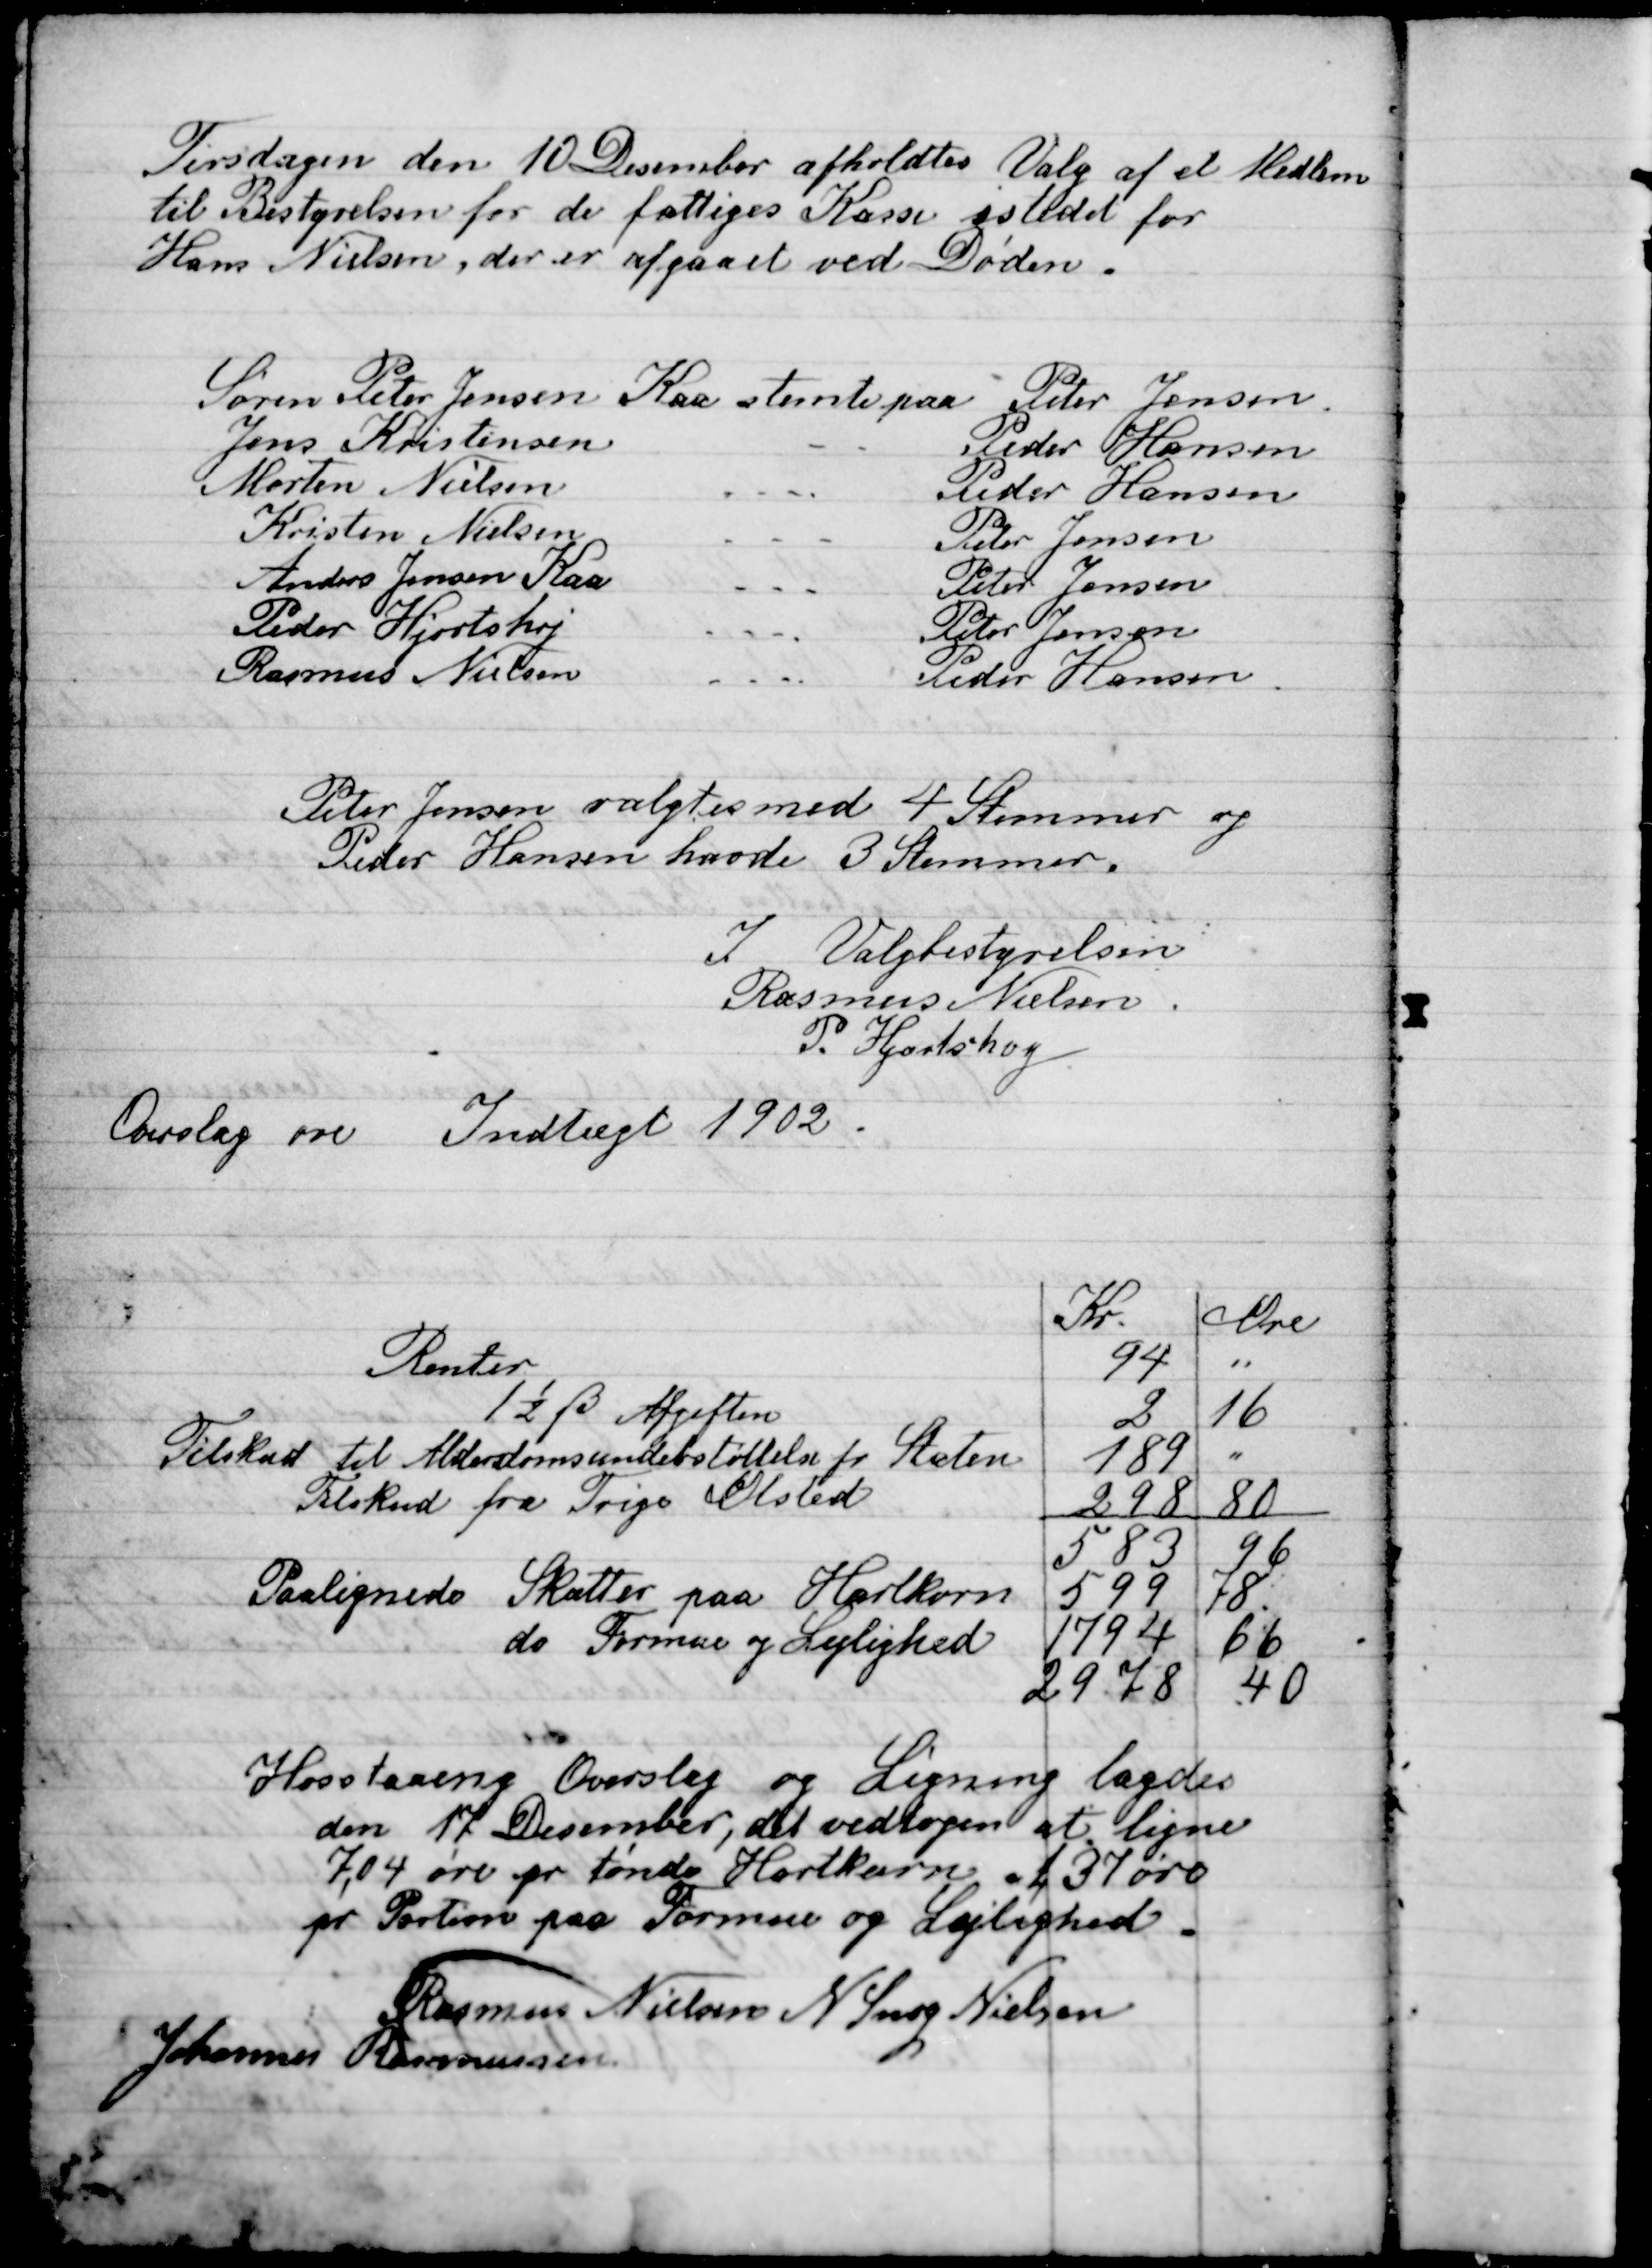
Transskription:
Tirsdagen den 10 December afholdtes Valg af et Medlem
til Bestyrelsen for de fattiges Kasse i stedet for
Hans Nielsen, de er afaaet ved Døden.

Peter Jensen valgtes med 4 Stemmer og
Peder Hansen havde 3 Stemmer.
I Valgbestyrelsen
Rasmus Nielsen
P. Hjortshøj

Overslag over Indtægt 1902.

Hosstaaeng Overslag og Ligning lagde
Den 17 December, det vedtoges at ligne
7,04 øre pr tønde Hartkorn af 37 øre
pr Portion paa Formue og Lejlighed.

Rasmus Nielsen
N. Snog Nielsen
Johannes Rasmussen